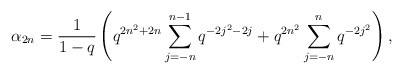
\begin{align*} \alpha_{2n} = \frac{1}{1-q}\left(q^{2n^2+2n}\sum_{j=-n}^{n-1}q^{-2j^2-2j} + q^{2n^2}\sum_{j=-n}^{n} q^{-2j^2}\right),\end{align*}